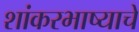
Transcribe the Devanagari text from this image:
शांकरभाष्याचे